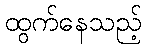
ထွက်နေသည့်